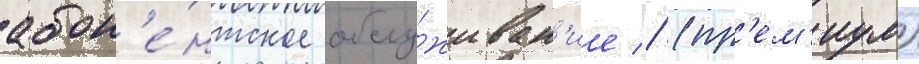
абон'е́нтское обслу́живан'ие // (пр'ем'иум)